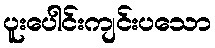
ပူးပေါင်းကျင်းပသော